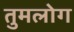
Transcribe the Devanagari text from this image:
तुमलोग